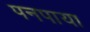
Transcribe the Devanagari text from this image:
पनपाया